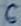
Text: 6